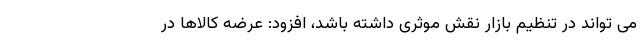
می تواند در تنظیم بازار نقش موثری داشته باشد، افزود: عرضه کالاها در